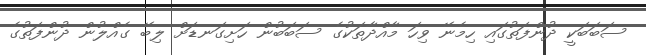
ސަބަބަކީ ދުންފަތުގައި ހިމެނޭ ވިހަ މާއްދާތަކުގެ ސަބަބުން ހަށިގަނޑަށް ލިބޭ ގެއްލުން ދުންފަތުގެ